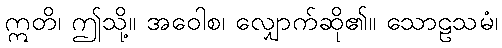
ဣတိ၊ ဤသို့။ အဝေါစ၊ လျှောက်ဆို၏။ သောဠသမံ၊